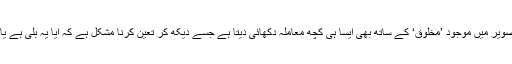
زیر نظر تصویر میں موجود ’مخلوق‘ کے ساتھ بھی ایسا ہی کچھ معاملہ دکھائی دیتا ہے جسے دیکھ کر تعین کرنا مشکل ہے کہ آیا یہ بلی ہے یا کوئی شیر۔